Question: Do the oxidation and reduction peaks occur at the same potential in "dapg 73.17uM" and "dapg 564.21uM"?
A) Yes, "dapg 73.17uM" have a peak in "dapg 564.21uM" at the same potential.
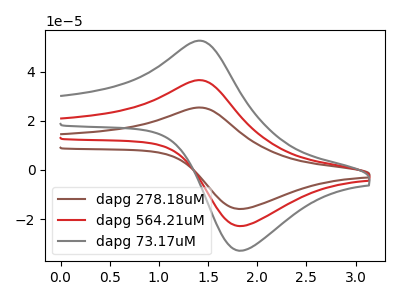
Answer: <think>The brown curve "dapg 278.18uM" has an anodic peak at (1.40V, 73.20uA) and a cathodic peak at (1.85V, -45.70uA). The red curve "dapg 564.21uM" has an anodic peak at (1.40V, 36.60uA) and a cathodic peak at (1.85V, -22.85uA). The gray curve "dapg 73.17uM" has an anodic peak at (1.40V, 52.65uA) and a cathodic peak at (1.85V, -32.85uA).</think>
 <answer>A) Yes, "dapg 73.17uM" have a peak in "dapg 564.21uM" at the same potential.</answer>
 <eval>A</eval>